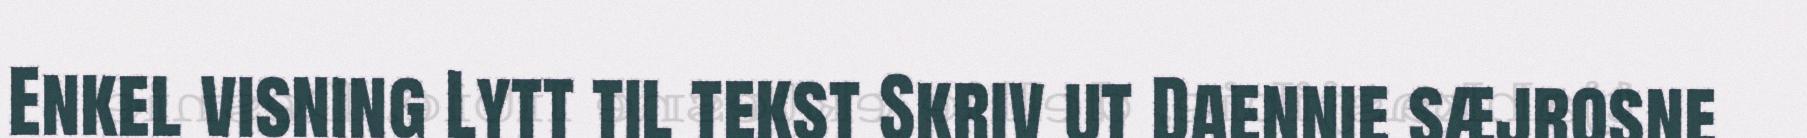
Enkel visning Lytt til tekst Skriv ut Daennie sæjrosne